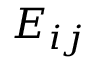
E _ { i j }